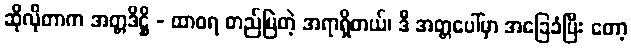
ဆိုလိုတာက အတ္တဒိဋ္ဌိ - ထာဝရ တည်မြဲတဲ့ အရာရှိတယ်၊ ဒီ အတ္တပေါ်မှာ အခြေခံပြီး တော့